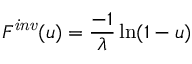
F ^ { \mathit { i n v } } ( u ) = { \frac { - 1 } { \lambda } } \ln ( 1 - u )